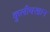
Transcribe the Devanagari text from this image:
कुलीचखान